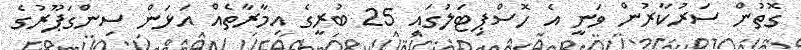
ގޮތުން ސަރުކާރުން ވަނީ އެ ހޮސްޕިޓަލުގައި 25 ބުރީގެ އިމާރާތެއް އަޅަން ސިންގަޕޫރުގެ